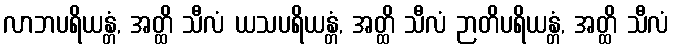
လာဘပရိယန္တံ, အတ္ထိ သီလံ ယသပရိယန္တံ, အတ္ထိ သီလံ ဉာတိပရိယန္တံ, အတ္ထိ သီလံ